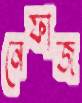
নেফাজ